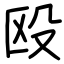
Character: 殴